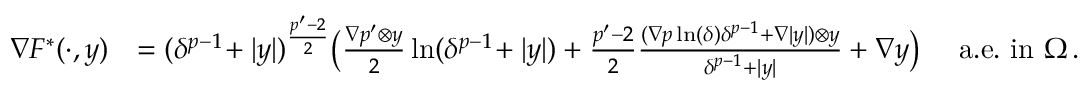
\begin{array} { r l } { \nabla F ^ { * } ( \cdot , y ) } & { = ( \delta ^ { p - 1 } \! + \vert y \vert ) ^ { \frac { p ^ { \prime } - 2 } { 2 } } \big ( \frac { \nabla p ^ { \prime } \otimes y } { 2 } \ln ( \delta ^ { p - 1 } \! + \vert y \vert ) + \frac { p ^ { \prime } - 2 } { 2 } \frac { ( \nabla p \ln ( \delta ) \delta ^ { p - 1 } + \nabla \vert y \vert ) \otimes y } { \delta ^ { p - 1 } + \vert y \vert } + \nabla y \big ) \quad \mathrm { ~ a . e . \ i n ~ } \Omega \, . } \end{array}